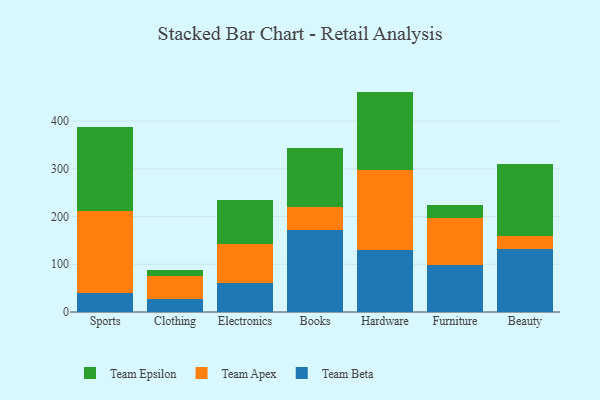
{"axis": {"x": "Category", "y": "Bounce Rate (%)"}, "legend": ["Team Apex", "Team Beta", "Team Epsilon"], "data": [{"x": "Sports", "y": 39.5, "type": "Team Beta"}, {"x": "Sports", "y": 172.9, "type": "Team Apex"}, {"x": "Sports", "y": 176.0, "type": "Team Epsilon"}, {"x": "Clothing", "y": 28.0, "type": "Team Beta"}, {"x": "Clothing", "y": 47.4, "type": "Team Apex"}, {"x": "Clothing", "y": 12.4, "type": "Team Epsilon"}, {"x": "Electronics", "y": 60.3, "type": "Team Beta"}, {"x": "Electronics", "y": 82.9, "type": "Team Apex"}, {"x": "Electronics", "y": 91.8, "type": "Team Epsilon"}, {"x": "Books", "y": 172.3, "type": "Team Beta"}, {"x": "Books", "y": 47.9, "type": "Team Apex"}, {"x": "Books", "y": 124.4, "type": "Team Epsilon"}, {"x": "Hardware", "y": 129.8, "type": "Team Beta"}, {"x": "Hardware", "y": 167.5, "type": "Team Apex"}, {"x": "Hardware", "y": 164.5, "type": "Team Epsilon"}, {"x": "Furniture", "y": 98.2, "type": "Team Beta"}, {"x": "Furniture", "y": 98.7, "type": "Team Apex"}, {"x": "Furniture", "y": 27.4, "type": "Team Epsilon"}, {"x": "Beauty", "y": 132.4, "type": "Team Beta"}, {"x": "Beauty", "y": 26.8, "type": "Team Apex"}, {"x": "Beauty", "y": 150.3, "type": "Team Epsilon"}]}